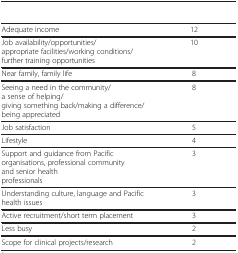
<table><thead><tr><td>[EMPTY_CELL]</td><td>[EMPTY_CELL]</td></tr></thead><tbody><tr><td>Adequate income</td><td>12</td></tr><tr><td>Job availability/opportunities/appropriate facilities/working conditions/further training opportunities</td><td>10</td></tr><tr><td>Near family, family life</td><td>8</td></tr><tr><td>Seeing a need in the community/a sense of helping/giving something back/making a difference/being appreciated</td><td>8</td></tr><tr><td>Job satisfaction</td><td>5</td></tr><tr><td>Lifestyle</td><td>4</td></tr><tr><td>Support and guidance from Pacific organisations, professional community and senior health professionals</td><td>3</td></tr><tr><td>Understanding culture, language and Pacific health issues</td><td>3</td></tr><tr><td>Active recruitment/short term placement</td><td>3</td></tr><tr><td>Less busy</td><td>2</td></tr><tr><td>Scope for clinical projects/research</td><td>2</td></tr></tbody></table>